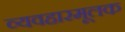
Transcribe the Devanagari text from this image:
व्यवहारमूलक